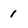
Character: 1